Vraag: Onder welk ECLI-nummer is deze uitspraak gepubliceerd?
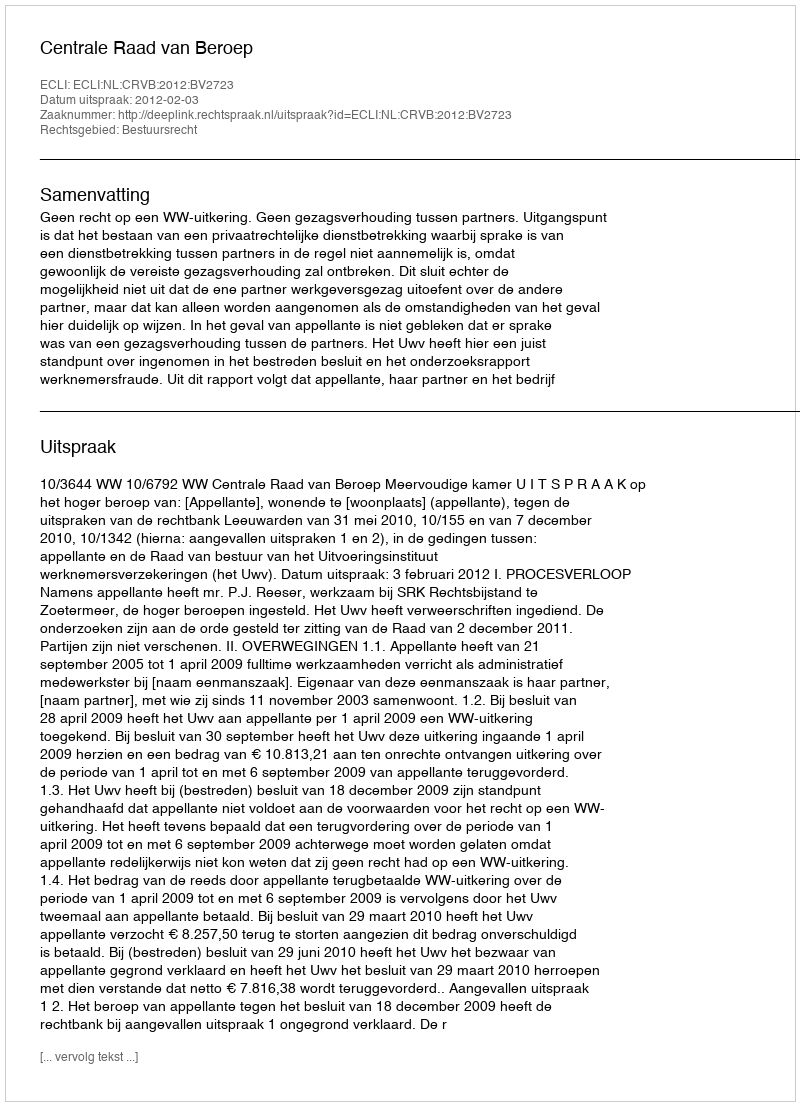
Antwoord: ECLI:NL:CRVB:2012:BV2723